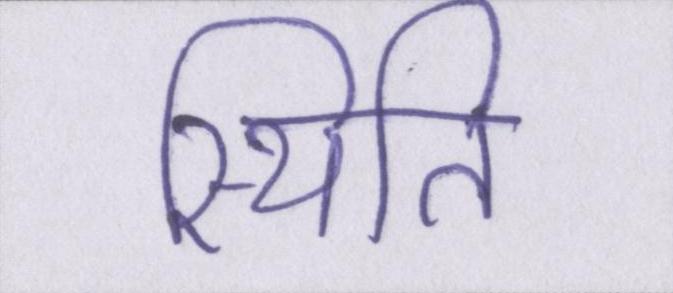
स्थिति